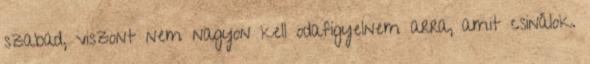
szabad, viszont nem nagyon kell odafigyelnem arra, amit csinálok.